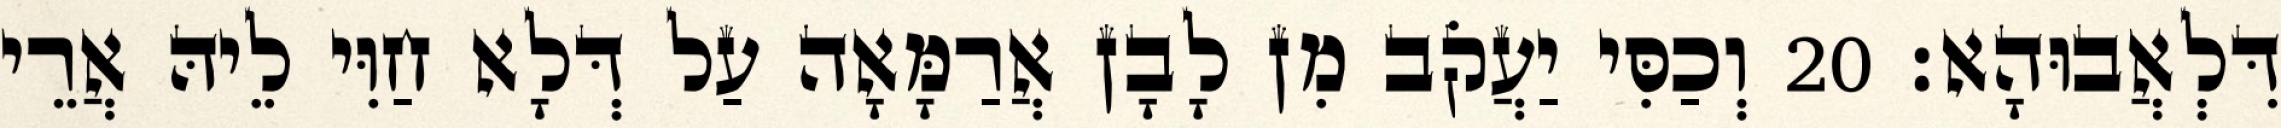
דִּלְאֲבוּהָא׃ 20 וְכַסִּי יַעֲקֹב מִן לָבָן אֲרַמָּאָה עַל דְּלָא חַוִּי לֵיהּ אֲרֵי